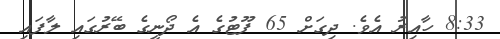
8:33 ހާއިރު އެވެ. ދިގަށް 65 ފޫޓުގެ އެ ދޯނީގެ ބޭރުގައި ލާފައި